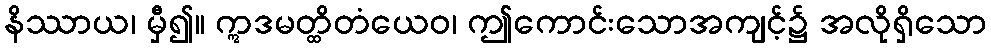
နိဿာယ၊ မှီ၍။ ဣဒမတ္ထိတံယေဝ၊ ဤကောင်းသောအကျင့်၌ အလိုရှိသော